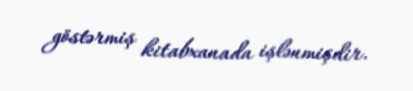
göstərmiş kitabxanada işlənmişdir.